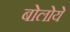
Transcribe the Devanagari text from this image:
बोलोये